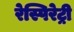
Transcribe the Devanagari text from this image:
रेस्पिरेट्री